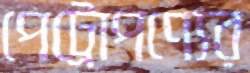
পেট্রোপণ্যের